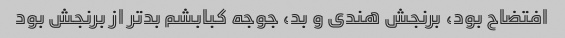
افتضاح بود، برنجش هندی و بد، جوجه کبابشم بدتر از برنجش بود